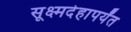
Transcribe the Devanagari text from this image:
सूक्ष्मदेहापर्यंत